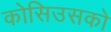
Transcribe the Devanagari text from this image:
कोसिउसको